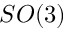
S O ( 3 )